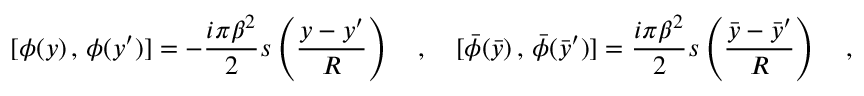
[ \phi ( y ) \, , \, \phi ( y ^ { \prime } ) ] = - { \frac { i \pi \beta ^ { 2 } } { 2 } } s \left( \frac { y - y ^ { \prime } } { R } \right) \quad , \quad [ \bar { \phi } ( \bar { y } ) \, , \, \bar { \phi } ( \bar { y } ^ { \prime } ) ] = { \frac { i \pi \beta ^ { 2 } } { 2 } } s \left( \frac { \bar { y } - \bar { y } ^ { \prime } } { R } \right) \quad ,